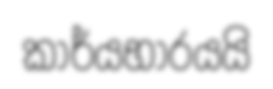
කාර්යභාරයයි